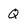
Character: Q